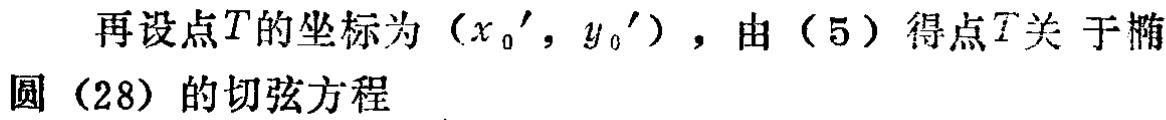
再设点\(T\)的坐标为\((x_{0}', y_{0}')\)，由（5）得点\(T\)关于椭圆（28）的切弦方程